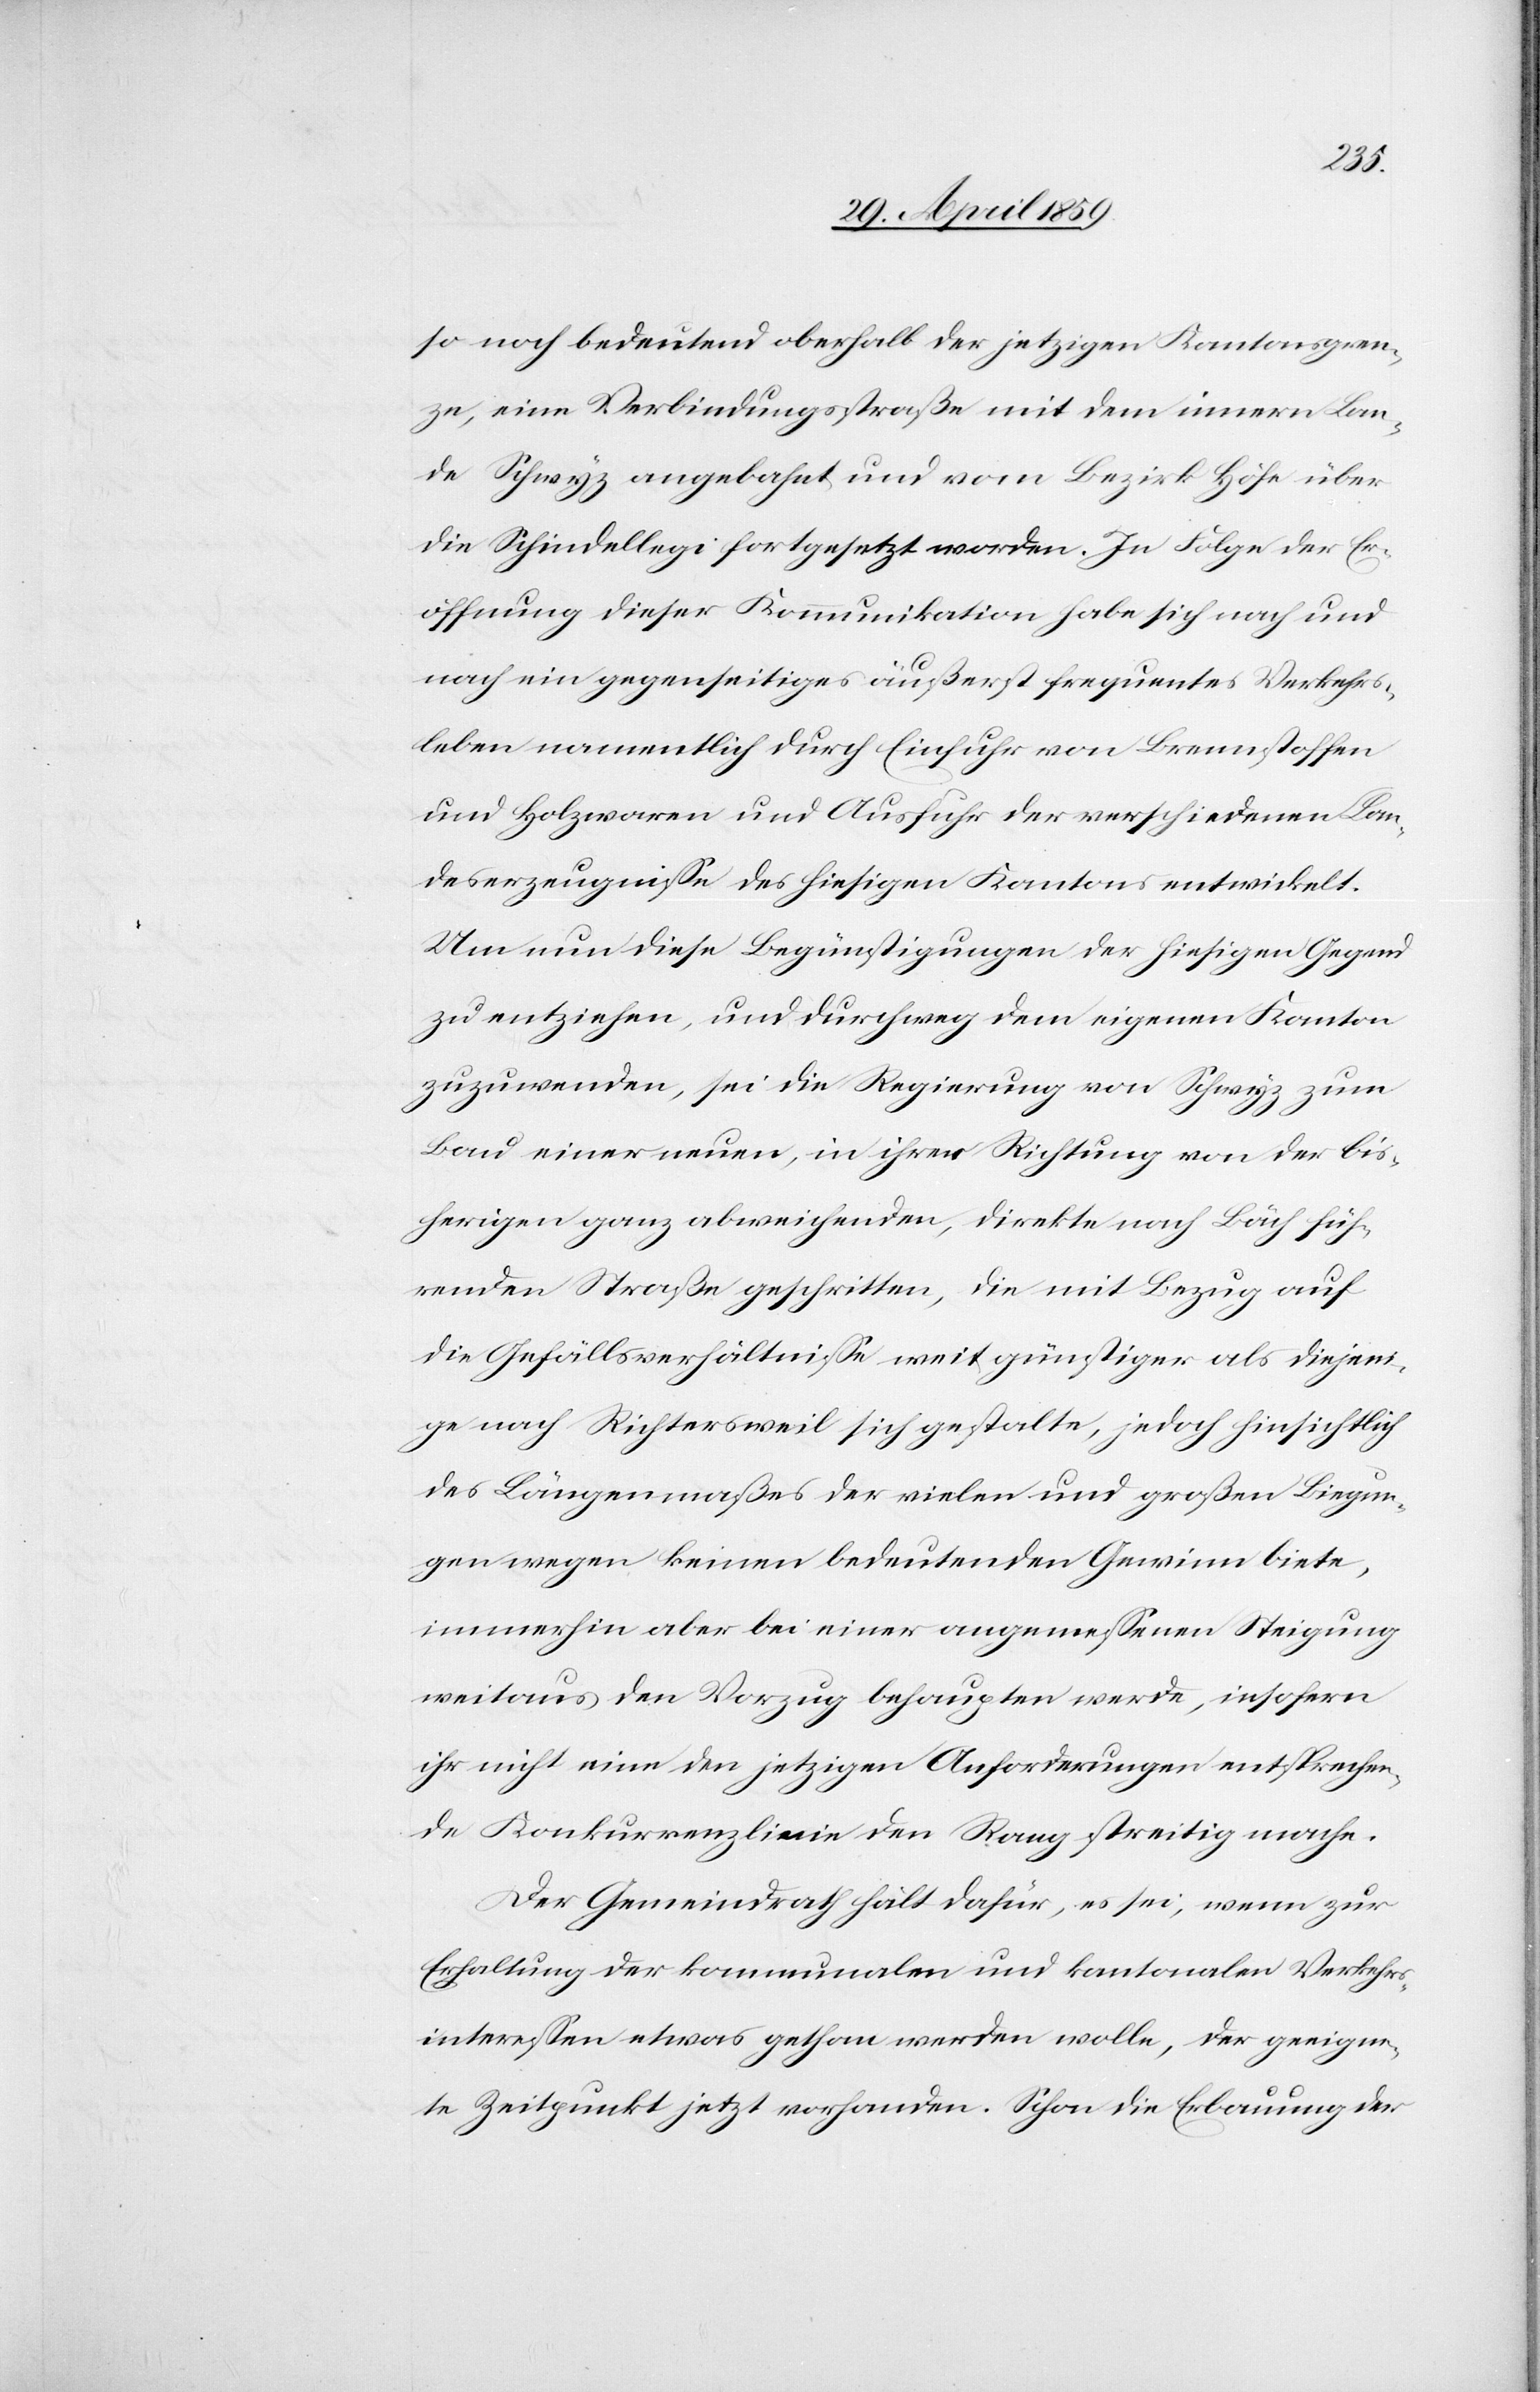
so noch bedeutend oberhalb der jetzigen Kantonsgren¬
ze, eine Verbindungsstraße mit dem innern Lan¬
de Schwyz angebahnt und vom Bezirk Höhe über
die Schindellegi fortgesetzt worden. In Folge der Er¬
öffnung dieser Kommunikation habe sich nach und
nach ein gegenseitiges äußerst frequentes Verkehrs¬
leben namentlich durch Einfuhr von Brennstoffen
und Holzwaren und Ausfuhr der verschiedenen Lan¬
deserzeugniße des hiesigen Kantons entwickelt.
Um nun diese Begünstigungen der hiesigen Gegend
zu entziehen, und durchweg dem eigenen Kanton
zuzuwenden, sei die Regierung von Schwyz zum
Bau einer neuen, in ihrer Richtung von der bis¬
herigen ganz abweichenden, direkte nach Bäch füh¬
renden Straße geschritten, die mit Bezug auf
die Gefällsverhältniße weit günstiger als diejeni¬
ge nach Richtersweil sich gestalte, jedoch hinsichtlich
des Längenmaßes der vielen und großen Biegun¬
gen wegen keinen bedeutenden Gewinn biete,
immerhin aber bei einer angemeßenen Steigung
weitaus den Vorzug behaupten werde, insofern
ihr nicht eine den jetzigen Anforderungen entsprechen¬
de Konkurrenzlinie den Rang streitig mache.
Der Gemeindrath hält dafür, es sei wenn zur
Erhaltung der kommunalen und kantonalen Verkehrs¬
intereßen etwas gethan werden wolle, der geeigne¬
te Zeitpunkt jetzt vorhanden. Schon die Erbauung der